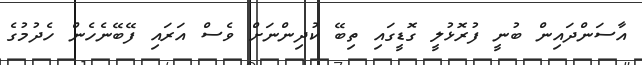
އާސަންދައިން ބުނީ ފުރޮޅުލީ ގޮޑީގައި ތިބޭ ކުދިންނަށް ވެސް އަރައި ފޭބޭނެހެން ހެދުމުގެ